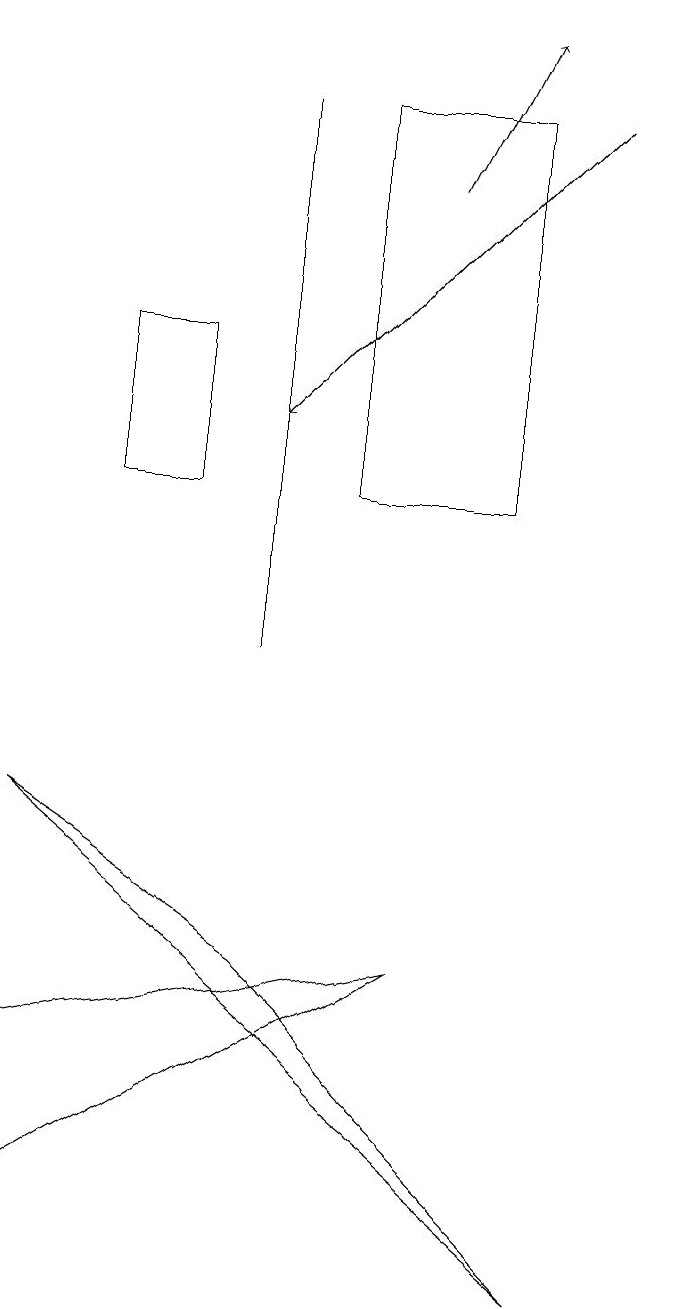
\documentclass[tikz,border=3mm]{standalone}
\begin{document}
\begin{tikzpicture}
\draw[->] (7,17) -- (3,13);
\draw[->] (8,14) -- (8,18);
\draw[->] (5,16) -- (6,18);
\draw (3,6) -- (7,2) -- (0,8) -- cycle;
\draw (1,14) rectangle (2,12);
\draw (6,17) rectangle (4,12);
\draw (3,10) rectangle (3,17);
\draw (0,3) -- (0,5) -- (5,6) -- cycle;
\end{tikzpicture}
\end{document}